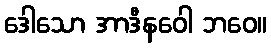
ဒေါသော အာဒီနဝေါ ဘဝေ။